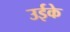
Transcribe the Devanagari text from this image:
उईके